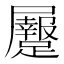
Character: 𪨡